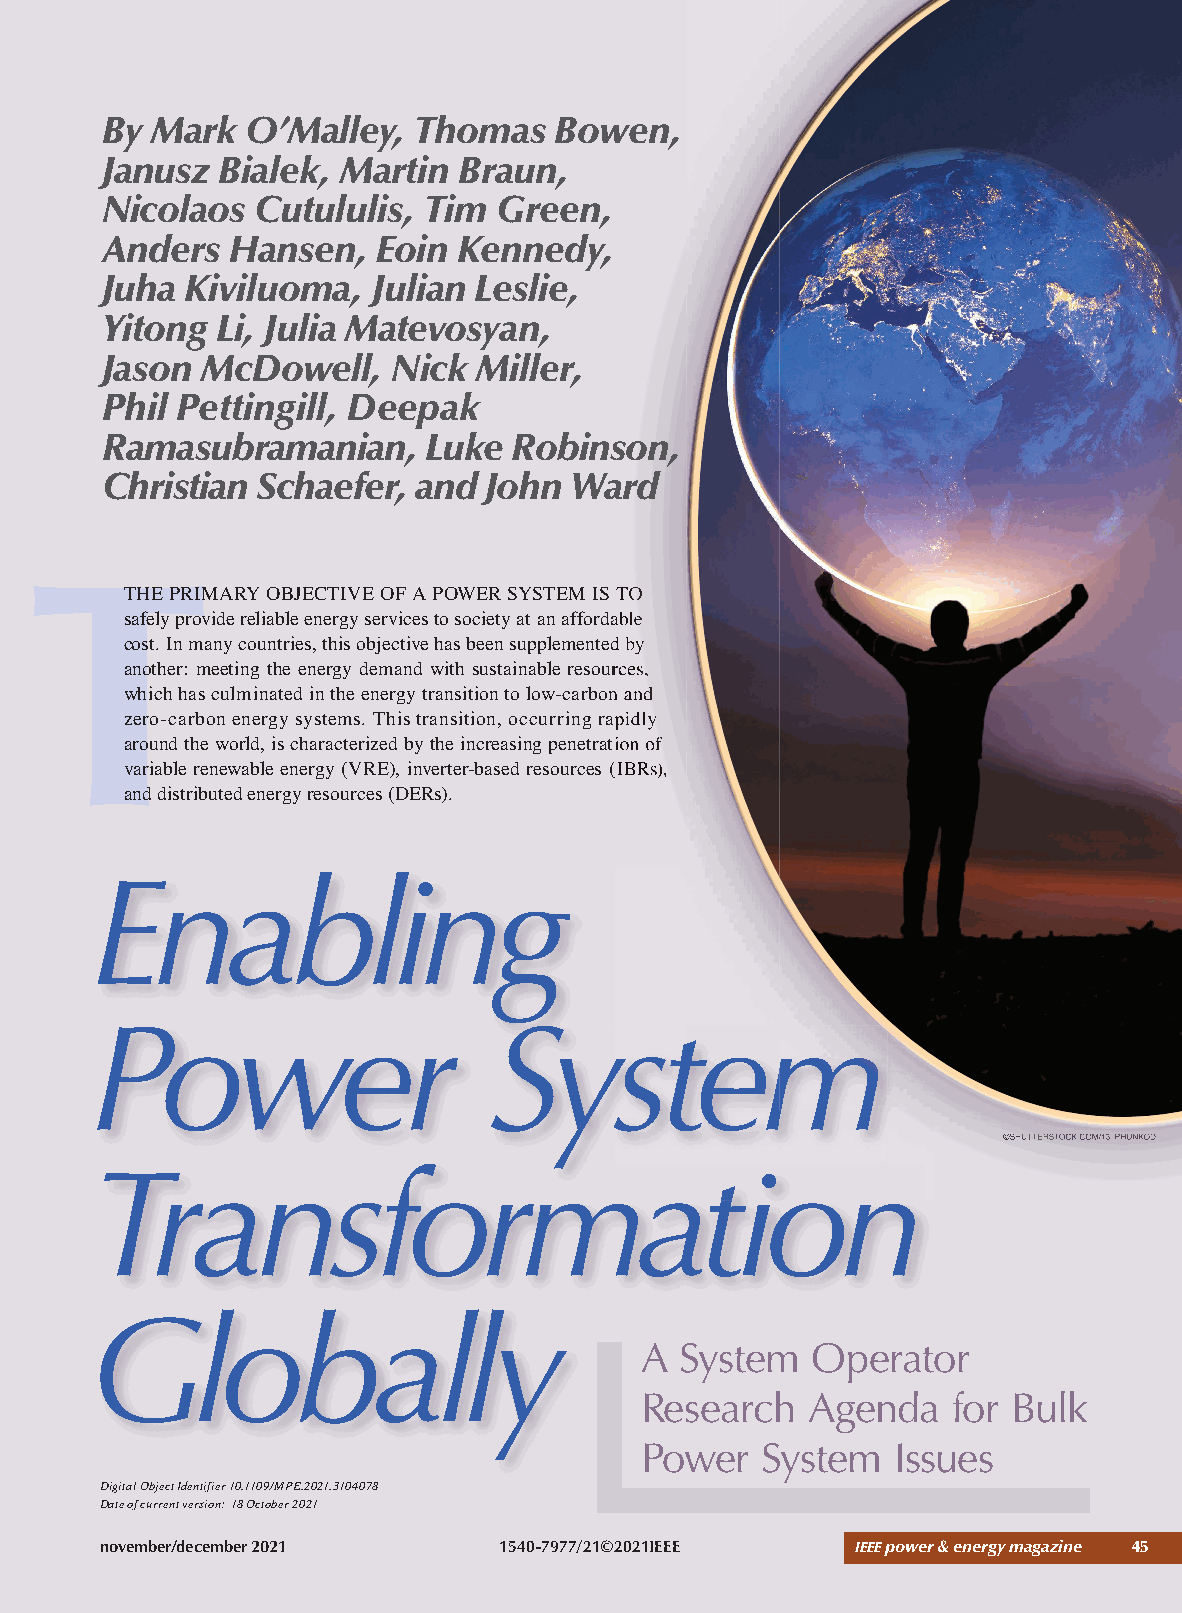
By Mark  O’Malley,  Thomas    Bowen,
 Janusz Bialek, Martin  Braun,
 Nicolaos  Cutululis, Tim  Green,
 Anders  Hansen,   Eoin Kennedy,
 Juha Kiviluoma,  Julian Leslie,
 Yitong Li, Julia Matevosyan,
 Jason McDowell,    Nick Miller,
 Phil Pettingill, Deepak
 Ramasubramanian,     Luke  Robinson,
 Christian Schaefer, and  John  Ward
 T
 THE PRIMARY OBJECTIVE OF A POWER SYSTEMIISS TTOO
 ssaaffeellyy pprroovviiddee rreelliiaabbllee eenneerrggyy sseerrvviicceess ttoo ssoocciieettyy aatt aann aaffffoorrddaabbllee
 ccoosstt.. IInn mmaannyy ccoouunnttrriieess,, tthhiiss oobbjjeeccttiivvee hhaass bbeeeenn ssuupppplleemmeenntteedd bbyy
 aannootthheerr:: mmeeeettiinngg tthhee eenneerrggyy ddeemmaanndd wwiitthh ssuussttaaiinnaabbllee rreessoouurrcceess,,
 wwhhiicchh hhaass ccuullmmiinnaatteedd iinn tthhee eenneerrggyy ttrraannssiittiioonn ttoo llooww--ccaarrbboonn aanndd
 zzeerroo--ccaarrbboonn eenneerrggyy ssyysstteemmss.. TThhiiss ttrraannssiittiioonn,, ooccccuurrrriinngg rraappiiddllyy
 aarroouunndd tthhee wwoorrlldd,, iiss cchhaarraacctteerriizzeedd bbyy tthhee iinnccrreeaassiinngg ppeenneettrraattiioonn ooff
 vvaarriiaabbllee rreenneewwaabbllee eenneerrggyy ((VVRREE)),, iinnvveerrtteerr--bbaasseedd rreessoouurrcceess ((IIBBRRss)),,
 and distributed energy resources (DERs).
 Enabling
 PPPPPPPooooooowwwwwwweeeeeeerrrrrrr SSSSSSSyyyyyyysssssssttttttteeeeeeemmmmmmm
 ©©SSHHUUTTTTEERRSSTTOOCCKK..CCOOMM//1133__PPHHUUNNKKOODD
 TTTrrraaannnsssfffooorrrmmmaaatttiiiooonnn
 Globally
 A  System   Operator
 Research   Agenda    for Bulk
 Power   System   Issues
 Digital Object Identifier 10.1109/MPE.2021.3104078
 Date of current version: 18 October 2021
 november/december 2021     1540-7977/21©2021IEEE  ieeepower & energy magazine 45